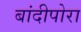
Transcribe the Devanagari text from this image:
बांदीपोरा